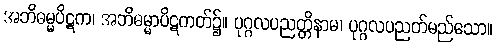
အဘိဓမ္မပိဋက၊ အဘိဓမ္မာပိဋကတ်၌။ ပုဂ္ဂလပညတ္တိနာမ၊ ပုဂ္ဂလပညတ်မည်သော။